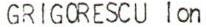
GRIGORESCU Ion